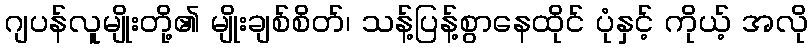
ဂျပန်လူမျိုးတို့၏ မျိုးချစ်စိတ်၊ သန့်ပြန့်စွာနေထိုင် ပုံနှင့် ကိုယ့် အလို